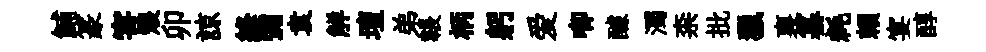
鯆篆害煨卯諒絳彌袁觧壇弟韔柄躬爱唧醵濁柰批獵裏纂耗賴宴醇